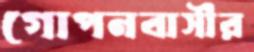
গোপনবাসীর